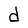
Character: d